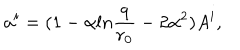
a ^ { i } = ( 1 - \alpha l n { \frac { q } { r _ { 0 } } } - 2 \alpha ^ { 2 } ) { \it A } ^ { i } ,